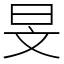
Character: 旻